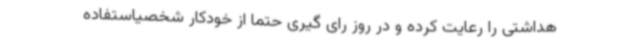
هداشتی را رعایت کرده و در روز رای گیری حتما از خودکار شخصیاستفاده